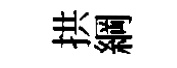
拱綱